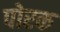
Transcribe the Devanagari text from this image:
पोरक